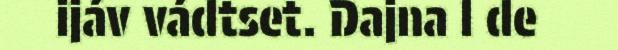
ijáv vádtset. Dajna l de